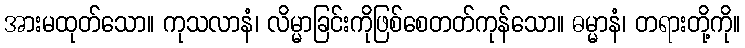
အားမထုတ်သော။ ကုသလာနံ၊ လိမ္မာခြင်းကိုဖြစ်စေတတ်ကုန်သော။ ဓမ္မာနံ၊ တရားတို့ကို။